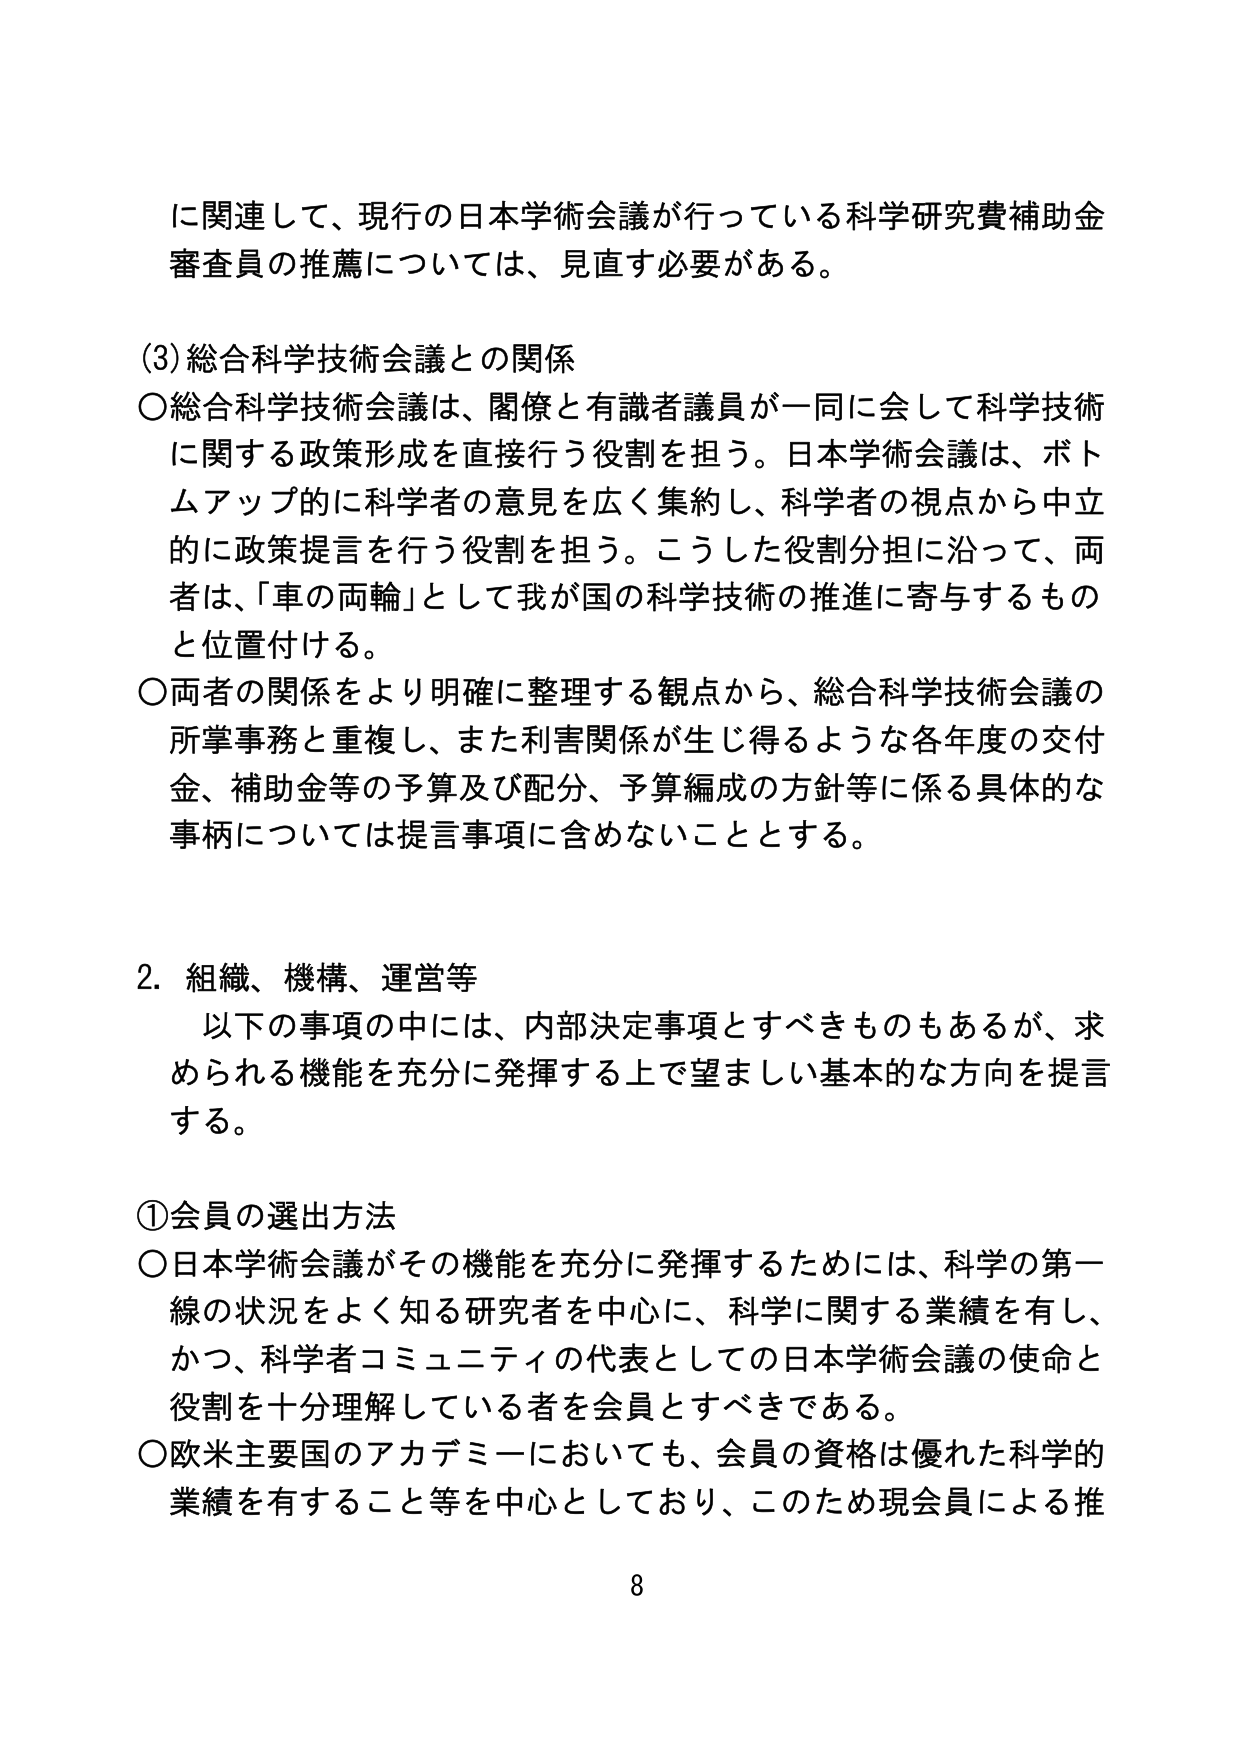
に関連して、現行の日本学術会議が行っている科学研究費補助金審査員の推薦については、見直す必要がある。

(3) 総合科学技術会議との関係
○ 総合科学技術会議は、閣僚と有識者議員が一同に会して科学技術に関する政策形成を直接行う役割を担う。日本学術会議は、ボトムアップ的に科学者の意見を広く集約し、科学者の視点から中立的に政策提言を行う役割を担う。こうした役割分担に沿って、両者は、「車の両輪」として我が国の科学技術の推進に寄与するものと位置付ける。
○ 両者の関係をより明確に整理する観点から、総合科学技術会議の所掌事務と重複し、また利害関係が生じ得るような各年度の交付金、補助金等の予算及び配分、予算編成の方針等に係る具体的な事柄については提言事項に含めないこととする。

2. 組織、機構、運営等
　以下の事項の中には、内部決定事項とすべきものもあるが、求められる機能を充分に発揮する上で望ましい基本的な方向を提言する。

① 会員の選出方法
○ 日本学術会議がその機能を充分に発揮するためには、科学の第一線の状況をよく知る研究者を中心に、科学に関する業績を有し、かつ、科学者コミュニティの代表としての日本学術会議の使命と役割を十分理解している者を会員とすべきである。
○ 欧米主要国のアカデミーにおいても、会員の資格は優れた科学的業績を有すること等を中心としており、このため現会員による推

8